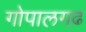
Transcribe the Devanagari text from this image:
गोपालगढ़